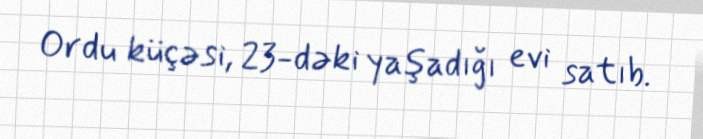
Ordu küçəsi, 23-dəki yaşadığı evi satıb.